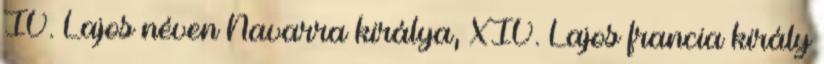
IV. Lajos néven Navarra királya, XIV. Lajos francia király